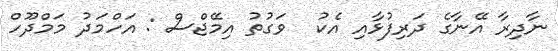
ނާދިރާ އޭނާގެ ދަރިފުޅާއި އެކު  ވަގުތު އިމޭޖްސް : އަހްމަދު މަމްދޫހް